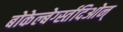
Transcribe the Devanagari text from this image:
बोकेल्बेर्ग्स्तदिओन्